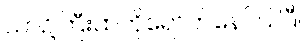
ယာဉ်ကြီးထဲကိုရောက်နေကြ ပြီ။